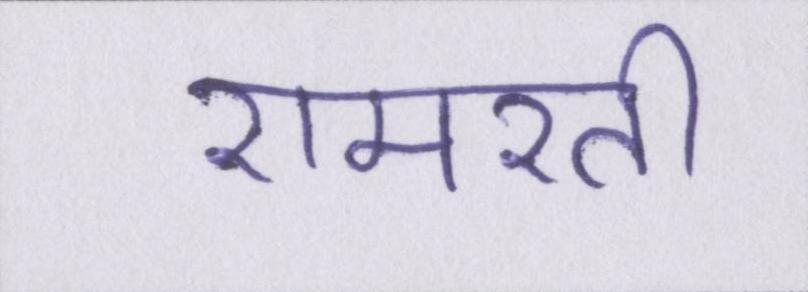
रामरती